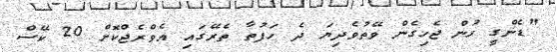
"ޑެންގީ ހުން ޖެހިގެން ވޭތުވެދިޔަ ދެ ހަފުތާ ތެރޭގައި އެވްރެޖްކޮށް 20 ކޭސް